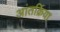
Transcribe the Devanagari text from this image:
आंतर्क्रिया